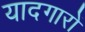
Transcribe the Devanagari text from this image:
यादगारों